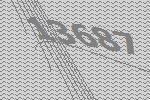
13687